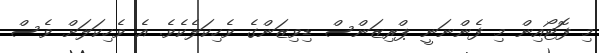
މި ފޮޓޯއިން މި ފެންނަނީ ޕްރިޒަންސް ޑިވިޒަންގެ ވެހިކަލެކެވެ. އެ ވެހިކަލަށް ވެސް